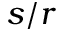
s / r